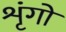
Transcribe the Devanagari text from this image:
शृंगों